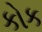
કોક